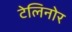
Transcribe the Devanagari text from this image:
टेलिनोर